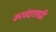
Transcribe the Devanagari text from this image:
करवंदाएवढी